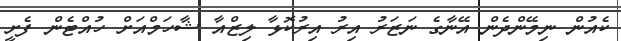
ކެއުން ނިމޭންދެން އޭނާގެ ނަޒަރު އިރު އިރުކޮޅާ ލިޒްއާ ޝާހަމްއަށް ހުއްޓެން ފެށީ